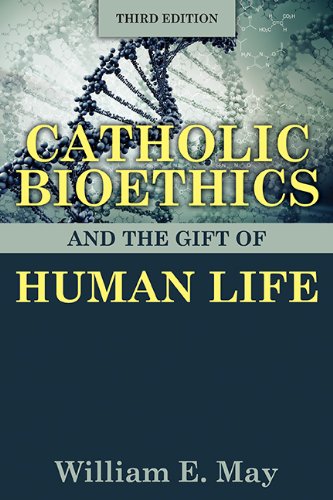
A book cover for Catholic Bioethics and the Gift of Human Life; William E. May; Religion & Spirituality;